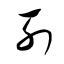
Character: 列